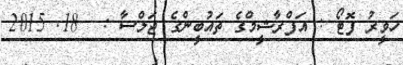
ހަވީރު ފޮޓޯ : އަފްރާޝީމްގެ ތައުބީންގެ ޖަލްސާ :  18